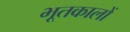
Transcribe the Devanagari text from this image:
भूतकालों